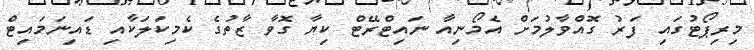
މިރިޕޯޓުގައި ފަރު ގޮއްވާލުމަށް އެމޯނިއާ ނައިޓްރޭޓް ކިޔާ ގޮވާ ޒާތުގެ ކެމިކަލަކާއި ޑައިނަމައިޓް